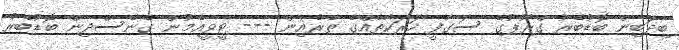
ބިދަބިން ބޮޑުބެރު ގްރޫޕުގެ ސަގާފީ ހަރަކާތެއްގެ ތެރެއިން --- ޓީވީއެމުން ގެނެސްދިން ބޮޑުބެރު